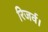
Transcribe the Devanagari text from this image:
रिजर्व।